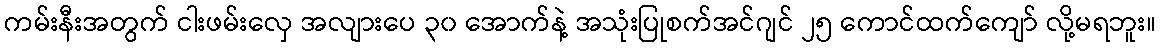
ကမ်းနီးအတွက် ငါးဖမ်းလှေ အလျားပေ ၃၀ အောက်နဲ့ အသုံးပြုစက်အင်ဂျင် ၂၅ ကောင်ထက်ကျော် လို့မရဘူး။